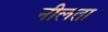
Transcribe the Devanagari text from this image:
नीलता